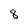
Character: 8